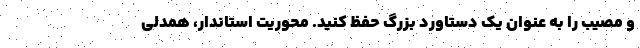
و مصیب را به عنوان یک دستاورد بزرگ حفظ کنید. محوریت استاندار، همدلی